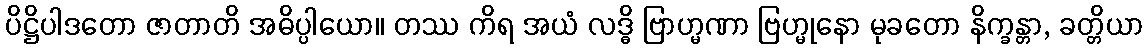
ပိဋ္ဌိပါဒတော ဇာတာတိ အဓိပ္ပါယော။ တဿ ကိရ အယံ လဒ္ဓိ ဗြာဟ္မဏာ ဗြဟ္မုနော မုခတော နိက္ခန္တာ, ခတ္တိယာ